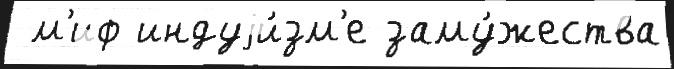
 м'иф индуjи́зм'е заму́жества